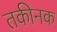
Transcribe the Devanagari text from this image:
तकीनक